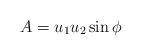
LaTeX: \begin{align*}A=u_1u_2\sin \phi\end{align*}